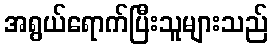
အရွယ်ရောက်ပြီးသူများသည်